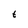
Character: t